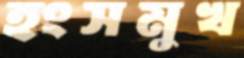
হংসমুখ